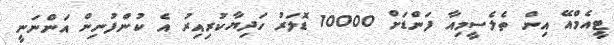
ޓީއެމްއޭ އިން ތެލެސީމިއާ ފަންޑަށް 10000 ޑޮލަރު ހަދިޔާކުރިއިރު އެ ކުންފުނިން އަންނަނީ